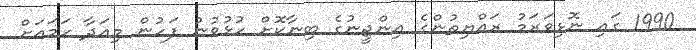
1990 ގައި ނޮޅިވަރަމު ރައްޔިތުންގެ އިންޖީނުގެ ބިނާކޮށް ހުޅުވުނު ފަހުން މިއަދާ ހަމައަށް